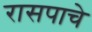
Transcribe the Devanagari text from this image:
रासपाचे